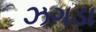
ઝગડા